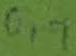
Text: 0,7